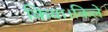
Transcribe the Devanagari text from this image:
किया।किले